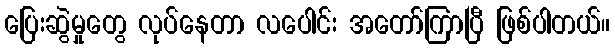
ပြေးဆွဲမှုတွေ လုပ်နေတာ လပေါင်း အတော်ကြာပြီ ဖြစ်ပါတယ်။